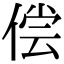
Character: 偿